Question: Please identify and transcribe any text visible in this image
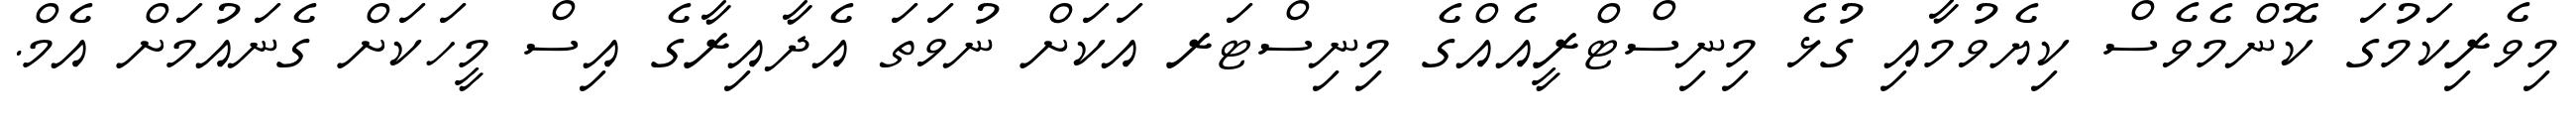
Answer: މިވެރިކަމުގަ ކޮންމެވެސް ކިޔެވުމާއި ގުޅެ މިނިސްޓްރީއެއްގެ މިނިސްޓަރ އަކަށް ނުވަތަ އެދާއިރާގެ އިސް މީހަކަށް ގެނައުމަށް އެމް.